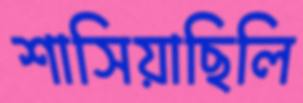
শাসিয়াছিলি